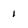
Character: 1